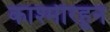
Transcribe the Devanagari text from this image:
काश्मीरहून